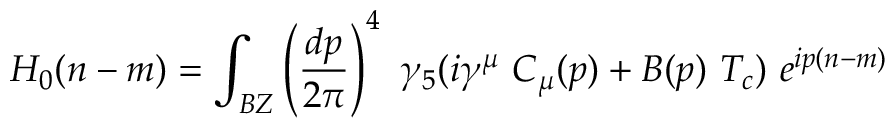
H _ { 0 } ( n - m ) = \int _ { B Z } \left( { \frac { d p } { 2 \pi } } \right) ^ { 4 } \ \gamma _ { 5 } ( i \gamma ^ { \mu } \ C _ { \mu } ( p ) + B ( p ) \ T _ { c } ) \ e ^ { i p ( n - m ) }